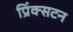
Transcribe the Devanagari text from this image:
प्रिंक्सटन